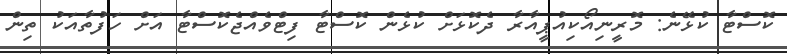
ކޮސްޓާ ކުޅޭނެ: މޮރީނިއޯކިއުޕީއާރާ ދެކޮޅަށް ކުޅެން ކޮސްޓާ ފިޓްވެއްޖެކޮސްޓާ އަށް ހަފުތާއަކު ތިން